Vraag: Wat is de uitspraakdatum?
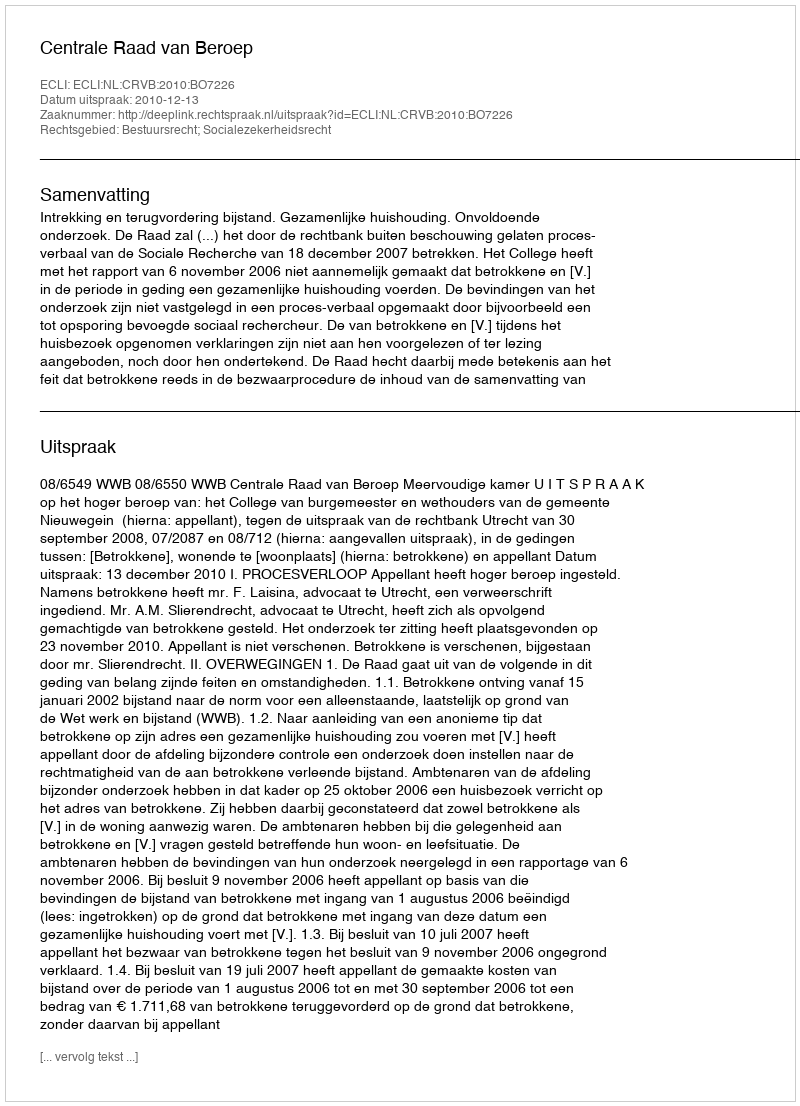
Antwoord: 2010-12-13